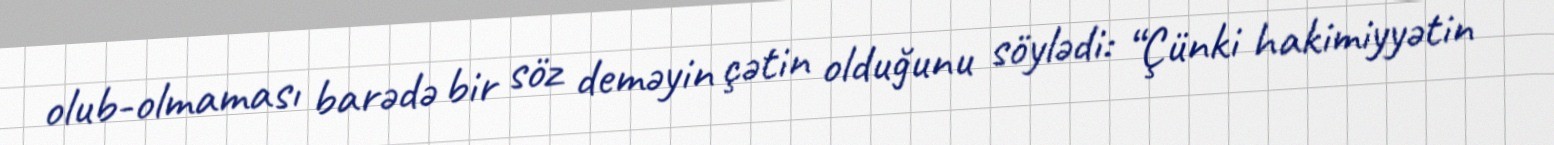
olub-olmaması barədə bir söz deməyin çətin olduğunu söylədi: “Çünki hakimiyyətin